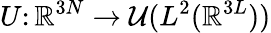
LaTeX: U\colon\mathbb{R}^{3N}\to{\cal U}(L^{2}(\mathbb{R}^{3L}))